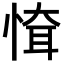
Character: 𢝉